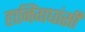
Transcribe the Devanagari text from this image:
हानिंगघांसी